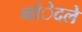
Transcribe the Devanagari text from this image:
नांेदले